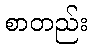
စာတည်း